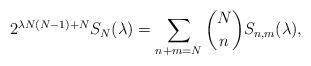
LaTeX: \begin{align*}2^{\lambda N(N-1)+N} S_N(\lambda) = \sum\limits_{n+m=N} \binom{N}{n} S_{n, m}(\lambda),\end{align*}